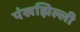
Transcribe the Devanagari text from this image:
पंखझिल्ली